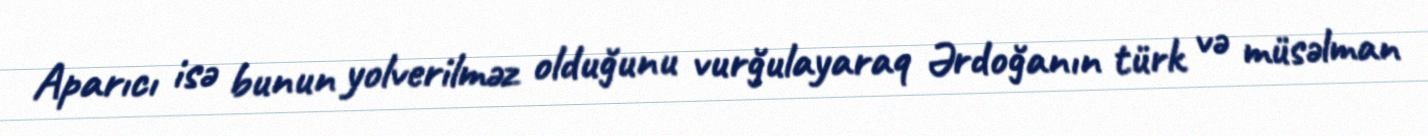
Aparıcı isə bunun yolverilməz olduğunu vurğulayaraq Ərdoğanın türk və müsəlman